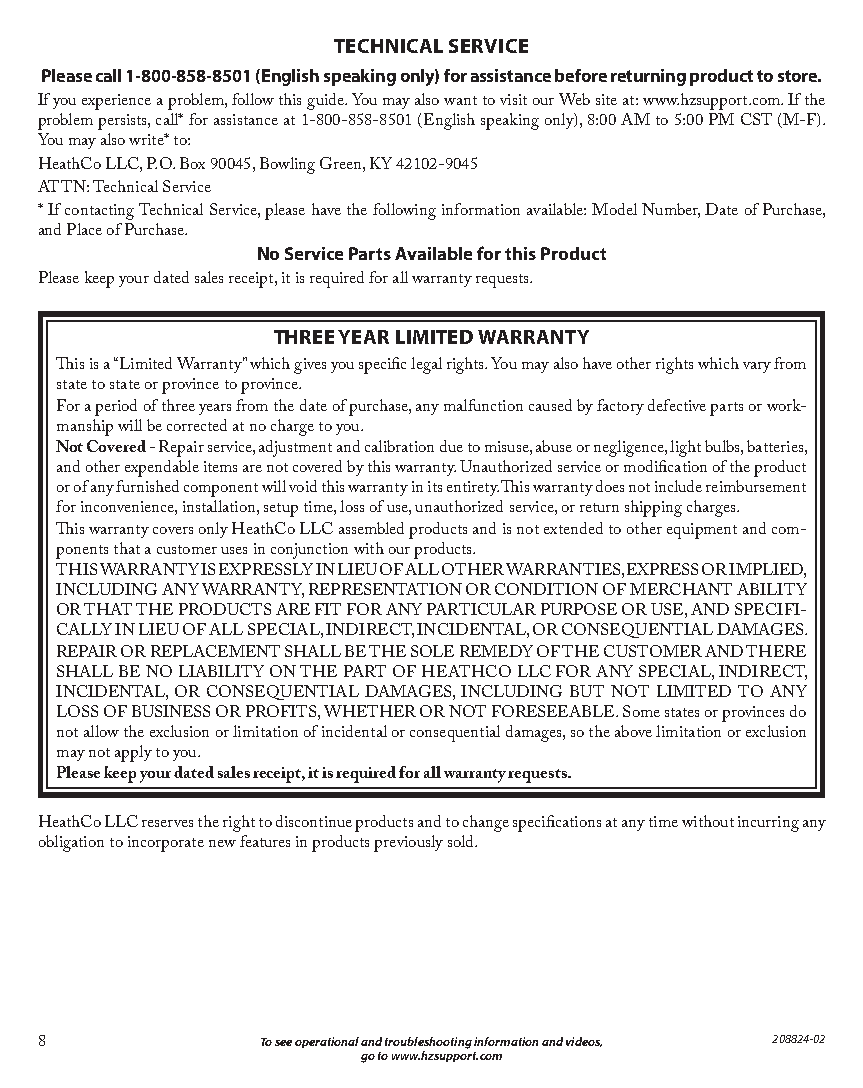
TECHNICAL SERVICE
 Please call 1-800-858-8501 (English speaking only) for assistance before returning product to store.
 If you experience a problem, follow this guide. You may also want to visit our Web site at: www.hzsupport.com. If the
 problem persists, call* for assistance at 1-800-858-8501 (English speaking only), 8:00 AM to 5:00 PM CST (M-F).
 You may also write* to:
 HeathCo LLC, P.O. Box 90045, Bowling Green, KY 42102-9045
 ATTN: Technical Service
 * If contacting Technical Service, please have the following information available: Model Number, Date of Purchase,
 and Place of Purchase.
 No Service Parts Available for this Product
 Please keep your dated sales receipt, it is required for all warranty requests.
 THREE YEAR LIMITED WARRANTY
 This is a “Limited Warranty” which gives you specific legal rights. You may also have other rights which vary from
 state to state or province to province.
 For a period of three years from the date of purchase, any malfunction caused by factory defective parts or work-
 manship will be corrected at no charge to you.
 Not Covered - Repair service, adjustment and calibration due to misuse, abuse or negligence, light bulbs, batteries,
 and other expendable items are not covered by this warranty. Unauthorized service or modification of the product
 or of any furnished component will void this warranty in its entirety. This warranty does not include reimbursement
 for inconvenience, installation, setup time, loss of use, unauthorized service, or return shipping charges.
 This warranty covers only HeathCo LLC assembled products and is not extended to other equipment and com-
 ponents that a customer uses in conjunction with our products.
 THIS WARRANTY IS EXPRESSLY IN LIEU OF ALL OTHER WARRANTIES, EXPRESS OR IMPLIED,
 INCLUDING ANY WARRANTY, REPRESENTATION OR CONDITION OF MERCHANT ABILITY
 OR THAT THE PRODUCTS ARE FIT FOR ANY PARTICULAR PURPOSE OR USE, AND SPECIFI-
 CALLY IN LIEU OF ALL SPECIAL, INDIRECT, INCIDENTAL, OR CONSEQUENTIAL DAMAGES.
 REPAIR OR REPLACEMENT SHALL BE THE SOLE REMEDY OF THE CUSTOMER AND THERE
 SHALL BE NO LIABILITY ON THE PART OF HEATHCO LLC FOR ANY SPECIAL, INDIRECT,
 INCIDENTAL, OR CONSEQUENTIAL DAMAGES, INCLUDING BUT NOT LIMITED TO ANY
 LOSS OF BUSINESS OR PROFITS, WHETHER OR NOT FORESEEABLE. Some states or provinces do
 not allow the exclusion or limitation of incidental or consequential damages, so the above limitation or exclusion
 may not apply to you.
 Please keep your dated sales receipt, it is required for all warranty requests.
 HeathCo LLC reserves the right to discontinue products and to change specifications at any time without incurring any
 obligation to incorporate new features in products previously sold.
 8              To see operational and troubleshooting information and videos, 208824-02
 go to www.hzsupport.com